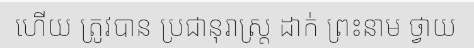
ហើយ ត្រូវបាន ប្រជានុរាស្ត្រ ដាក់ ព្រះនាម ថ្វាយ